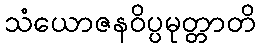
သံယောဇနဝိပ္ပမုတ္တာတိ